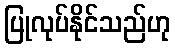
ပြုလုပ်နိုင်သည်ဟု